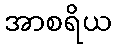
အာစရိယ